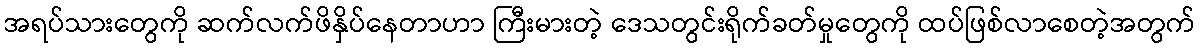
အရပ်သားတွေကို ဆက်လက်ဖိနှိပ်နေတာဟာ ကြီးမားတဲ့ ဒေသတွင်းရိုက်ခတ်မှုတွေကို ထပ်ဖြစ်လာစေတဲ့အတွက်